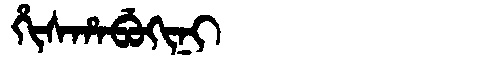
Manchu: ᡥᡳᠰᡥᠠᠪᡠᡴᡳᠨᡳ
Romanization: HISHABUKINI